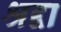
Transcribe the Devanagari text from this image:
श्रद्दा